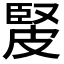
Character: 𤿳